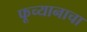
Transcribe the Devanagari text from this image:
फूच्यानाचा